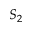
S _ { 2 }